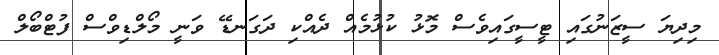
މިދިޔަ ސީޒަނުގައި ޓީސީގައިވެސް މޮޅު ކުޅުމެއް ދެއްކި ދަގަނޑޭ ވަނީ މޯލްޑިވްސް ފުޓްބޯލް